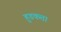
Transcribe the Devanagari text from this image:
हुडकता